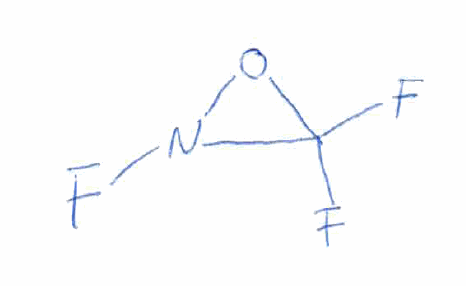
Simplified molecular-input line-entry system (SMILES) notation of the given molecule:
C1(N(O1)F)(F)F